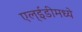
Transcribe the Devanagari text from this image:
एल्‌ईडीमध्ये